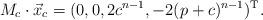
LaTeX: \begin{align*}M_c\cdot \vec{x}_c=(0,0,2c^{n-1},-2(p+c)^{n-1})^\mathrm{T}.\end{align*}